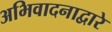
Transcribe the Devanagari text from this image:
अभिवादनाद्वारे